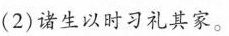
(2)诸生以时习礼其家。